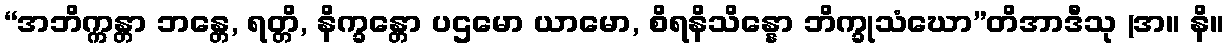
“အဘိက္ကန္တာ ဘန္တေ, ရတ္တိ, နိက္ခန္တော ပဌမော ယာမော, စိရနိသိန္နော ဘိက္ခုသံဃော”တိအာဒီသု (အ။ နိ။